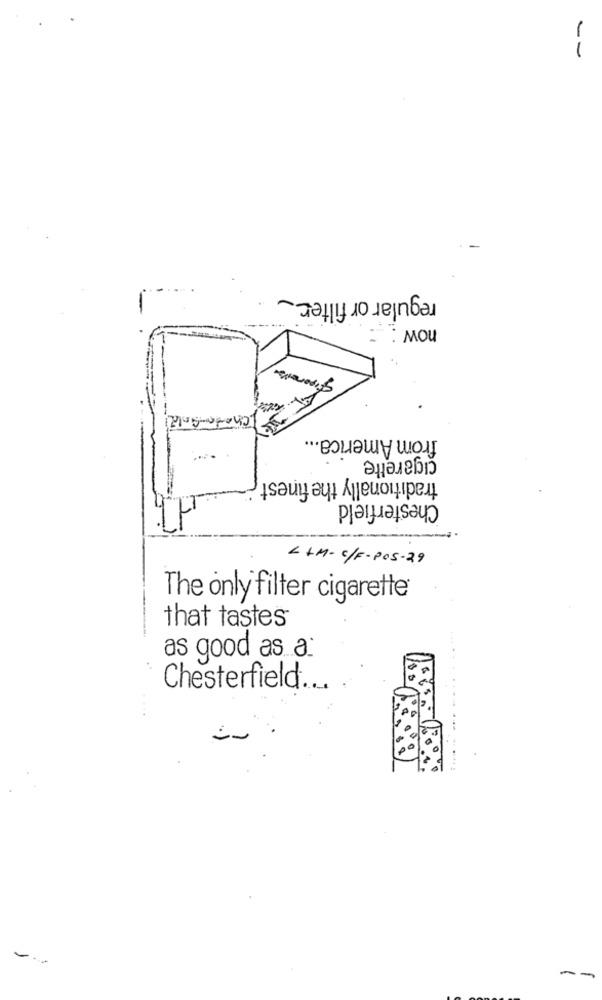
--
regular or filter ._
now :
from America ...
cigarette
traditionally the finest
Chesterfield
L +M-C/F- POS-29
The only filter cigarette
that tastes
as good as a:
Chesterfield. ..
.....
--